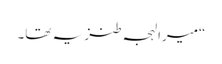
“میرا لہجہ طنز یہ تھا۔